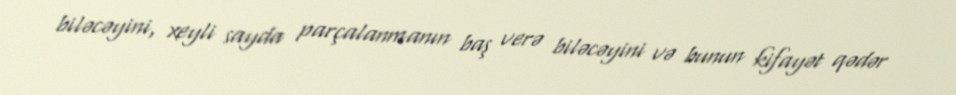
biləcəyini, xeyli sayda parçalanmanın baş verə biləcəyini və bunun kifayət qədər